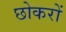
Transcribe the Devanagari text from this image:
छोकरों